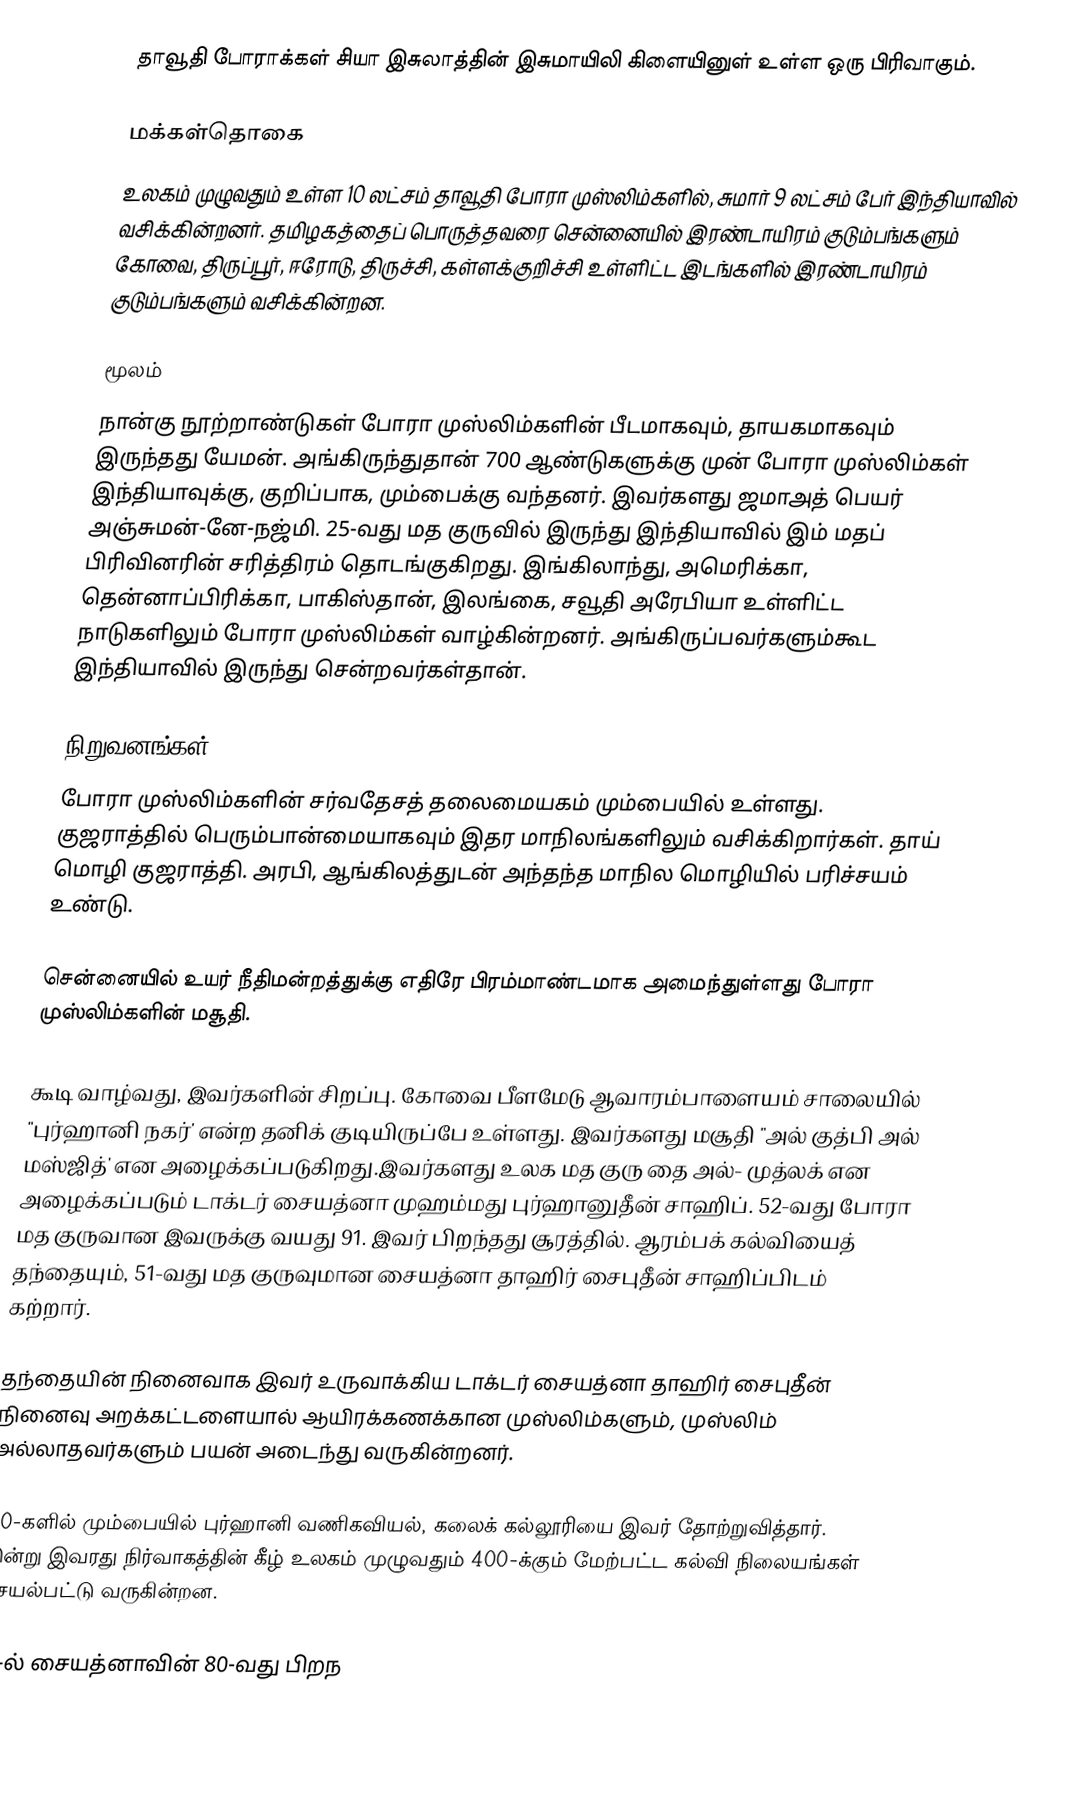
தாவூதி போராக்கள் சியா இசுலாத்தின் இசுமாயிலி கிளையினுள் உள்ள ஒரு பிரிவாகும்.

மக்கள்தொகை
உலகம் முழுவதும் உள்ள 10 லட்சம் தாவூதி போரா முஸ்லிம்களில், சுமார் 9 லட்சம் பேர் இந்தியாவில் வசிக்கின்றனர். தமிழகத்தைப் பொருத்தவரை சென்னையில் இரண்டாயிரம் குடும்பங்களும் கோவை, திருப்பூர், ஈரோடு, திருச்சி, கள்ளக்குறிச்சி உள்ளிட்ட இடங்களில் இரண்டாயிரம் குடும்பங்களும் வசிக்கின்றன.

மூலம்
நான்கு நூற்றாண்டுகள் போரா முஸ்லிம்களின் பீடமாகவும், தாயகமாகவும் இருந்தது யேமன். அங்கிருந்துதான் 700 ஆண்டுகளுக்கு முன் போரா முஸ்லிம்கள் இந்தியாவுக்கு, குறிப்பாக, மும்பைக்கு வந்தனர். இவர்களது ஜமாஅத் பெயர் அஞ்சுமன்-னே-நஜ்மி. 25-வது மத குருவில் இருந்து இந்தியாவில் இம் மதப் பிரிவினரின் சரித்திரம் தொடங்குகிறது. இங்கிலாந்து, அமெரிக்கா, தென்னாப்பிரிக்கா, பாகிஸ்தான், இலங்கை, சவூதி அரேபியா உள்ளிட்ட நாடுகளிலும் போரா முஸ்லிம்கள் வாழ்கின்றனர். அங்கிருப்பவர்களும்கூட இந்தியாவில் இருந்து சென்றவர்கள்தான்.

நிறுவனங்கள்
போரா முஸ்லிம்களின் சர்வதேசத் தலைமையகம் மும்பையில் உள்ளது. குஜராத்தில் பெரும்பான்மையாகவும் இதர மாநிலங்களிலும் வசிக்கிறார்கள். தாய் மொழி குஜராத்தி. அரபி, ஆங்கிலத்துடன் அந்தந்த மாநில மொழியில் பரிச்சயம் உண்டு.

சென்னையில் உயர் நீதிமன்றத்துக்கு எதிரே பிரம்மாண்டமாக அமைந்துள்ளது போரா முஸ்லிம்களின் மசூதி.

கூடி வாழ்வது, இவர்களின் சிறப்பு. கோவை பீளமேடு ஆவாரம்பாளையம் சாலையில் "புர்ஹானி நகர்' என்ற தனிக் குடியிருப்பே உள்ளது. இவர்களது மசூதி "அல் குத்பி அல் மஸ்ஜித்' என அழைக்கப்படுகிறது.இவர்களது உலக மத குரு தை அல்- முத்லக் என அழைக்கப்படும் டாக்டர் சையத்னா முஹம்மது புர்ஹானுதீன் சாஹிப். 52-வது போரா மத குருவான இவருக்கு வயது 91. இவர் பிறந்தது சூரத்தில். ஆரம்பக் கல்வியைத் தந்தையும், 51-வது மத குருவுமான சையத்னா தாஹிர் சைபுதீன் சாஹிப்பிடம் கற்றார்.

தந்தையின் நினைவாக இவர் உருவாக்கிய டாக்டர் சையத்னா தாஹிர் சைபுதீன் நினைவு அறக்கட்டளையால் ஆயிரக்கணக்கான முஸ்லிம்களும், முஸ்லிம் அல்லாதவர்களும் பயன் அடைந்து வருகின்றனர்.

70-களில் மும்பையில் புர்ஹானி வணிகவியல், கலைக் கல்லூரியை இவர் தோற்றுவித்தார். இன்று இவரது நிர்வாகத்தின் கீழ் உலகம் முழுவதும் 400-க்கும் மேற்பட்ட கல்வி நிலையங்கள் செயல்பட்டு வருகின்றன.

91-ல் சையத்னாவின் 80-வது பிறந